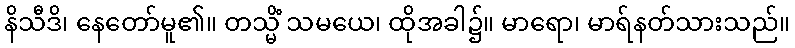
နိသီဒိ၊ နေတော်မူ၏။ တသ္မိံ သမယေ၊ ထိုအခါ၌။ မာရော၊ မာရ်နတ်သားသည်။